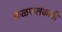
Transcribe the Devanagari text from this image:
कळफलकाची